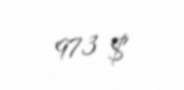
973 $